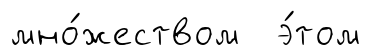
мно́жеством э́том